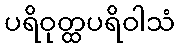
ပရိဝုတ္ထပရိဝါသံ